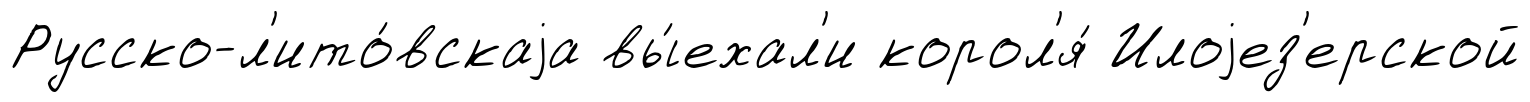
Русско-л'ито́вскаjа вы́ехал'и корол'я́ Илоjез'ерской